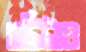
চটিটাও